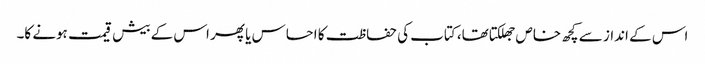
اس کے انداز سے کچھ خاص جھلکتا تھا، کتاب کی حفاظت کا احساس یا پھر اس کے بیش قیمت ہونے کا۔